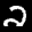
Label: 2